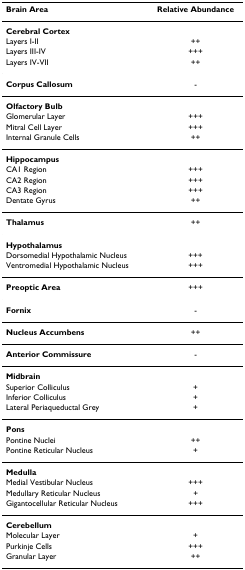
<table><thead><tr><td><b>Brain Area</b></td><td><b>Relative Abundance</b></td></tr></thead><tbody><tr><td><b>Cerebral Cortex</b></td><td></td></tr><tr><td>Layers I-II</td><td>++</td></tr><tr><td>Layers III-IV</td><td>+++</td></tr><tr><td>Layers IV-VII</td><td>++</td></tr><tr><td><b>Corpus Callosum</b></td><td>-</td></tr><tr><td><b>Olfactory Bulb</b></td><td></td></tr><tr><td>Glomerular Layer</td><td>+++</td></tr><tr><td>Mitral Cell Layer</td><td>+++</td></tr><tr><td>Internal Granule Cells</td><td>++</td></tr><tr><td><b>Hippocampus</b></td><td></td></tr><tr><td>CA1 Region</td><td>+++</td></tr><tr><td>CA2 Region</td><td>+++</td></tr><tr><td>CA3 Region</td><td>+++</td></tr><tr><td>Dentate Gyrus</td><td>++</td></tr><tr><td><b>Thalamus</b></td><td>++</td></tr><tr><td><b>Hypothalamus</b></td><td></td></tr><tr><td>Dorsomedial Hypothalamic Nucleus</td><td>+++</td></tr><tr><td>Ventromedial Hypothalamic Nucleus</td><td>+++</td></tr><tr><td><b>Preoptic Area</b></td><td>+++</td></tr><tr><td><b>Fornix</b></td><td>-</td></tr><tr><td><b>Nucleus Accumbens</b></td><td>++</td></tr><tr><td><b>Anterior Commissure</b></td><td>-</td></tr><tr><td><b>Midbrain</b></td><td></td></tr><tr><td>Superior Colliculus</td><td>+</td></tr><tr><td>Inferior Colliculus</td><td>+</td></tr><tr><td>Lateral Periaqueductal Grey</td><td>+</td></tr><tr><td><b>Pons</b></td><td></td></tr><tr><td>Pontine Nuclei</td><td>++</td></tr><tr><td>Pontine Reticular Nucleus</td><td>+</td></tr><tr><td><b>Medulla</b></td><td></td></tr><tr><td>Medial Vestibular Nucleus</td><td>+++</td></tr><tr><td>Medullary Reticular Nucleus</td><td>+</td></tr><tr><td>Gigantocellular Reticular Nucleus</td><td>+++</td></tr><tr><td><b>Cerebellum</b></td><td></td></tr><tr><td>Molecular Layer</td><td>+</td></tr><tr><td>Purkinje Cells</td><td>+++</td></tr><tr><td>Granular Layer</td><td>++</td></tr></tbody></table>